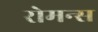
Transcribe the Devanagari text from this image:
रोमन्स